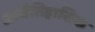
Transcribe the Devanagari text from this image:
आद्यैतिहासिक